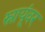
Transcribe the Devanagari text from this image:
स्नायूंवर